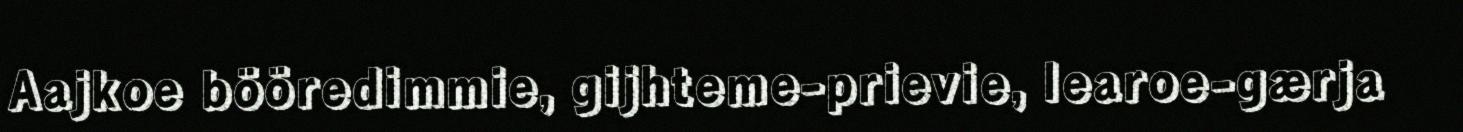
Aajkoe bööredimmie, gijhteme-prievie, learoe-gærja